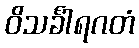
ဝိသင်္ခါရဂတံ